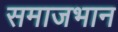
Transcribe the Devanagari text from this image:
समाजभान